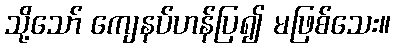
သို့သော် ကျေနပ်ဟန်ပြ၍ မဖြစ်သေး။